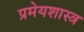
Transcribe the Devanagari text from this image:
प्रमेयशास्त्र